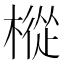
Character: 樅